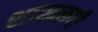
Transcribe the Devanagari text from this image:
शास्त्ररूपी